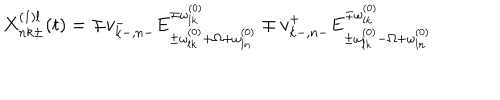
LaTeX: X _ { n k \pm } ^ { ( 1 ) l } ( t ) = \mp v _ { k - , n - } ^ { - } E _ { \pm \omega _ { l k } ^ { ( 0 ) } + \Omega + \omega _ { l n } ^ { ( 0 ) } } ^ { \mp \omega _ { l k } ^ { ( 0 ) } } \mp v _ { k - , n - } ^ { + } E _ { \pm \omega _ { l k } ^ { ( 0 ) } - \Omega + \omega _ { l n } ^ { ( 0 ) } } ^ { \mp \omega _ { l k } ^ { ( 0 ) } }